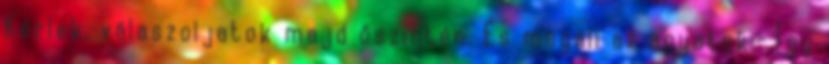
Kérlek, válaszoljatok majd őszintén. És megáll az agyatok:- Így